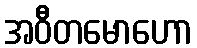
အဝီတမောဟော